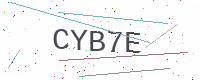
Text: CYB7E